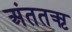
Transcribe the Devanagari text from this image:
अंततऋ